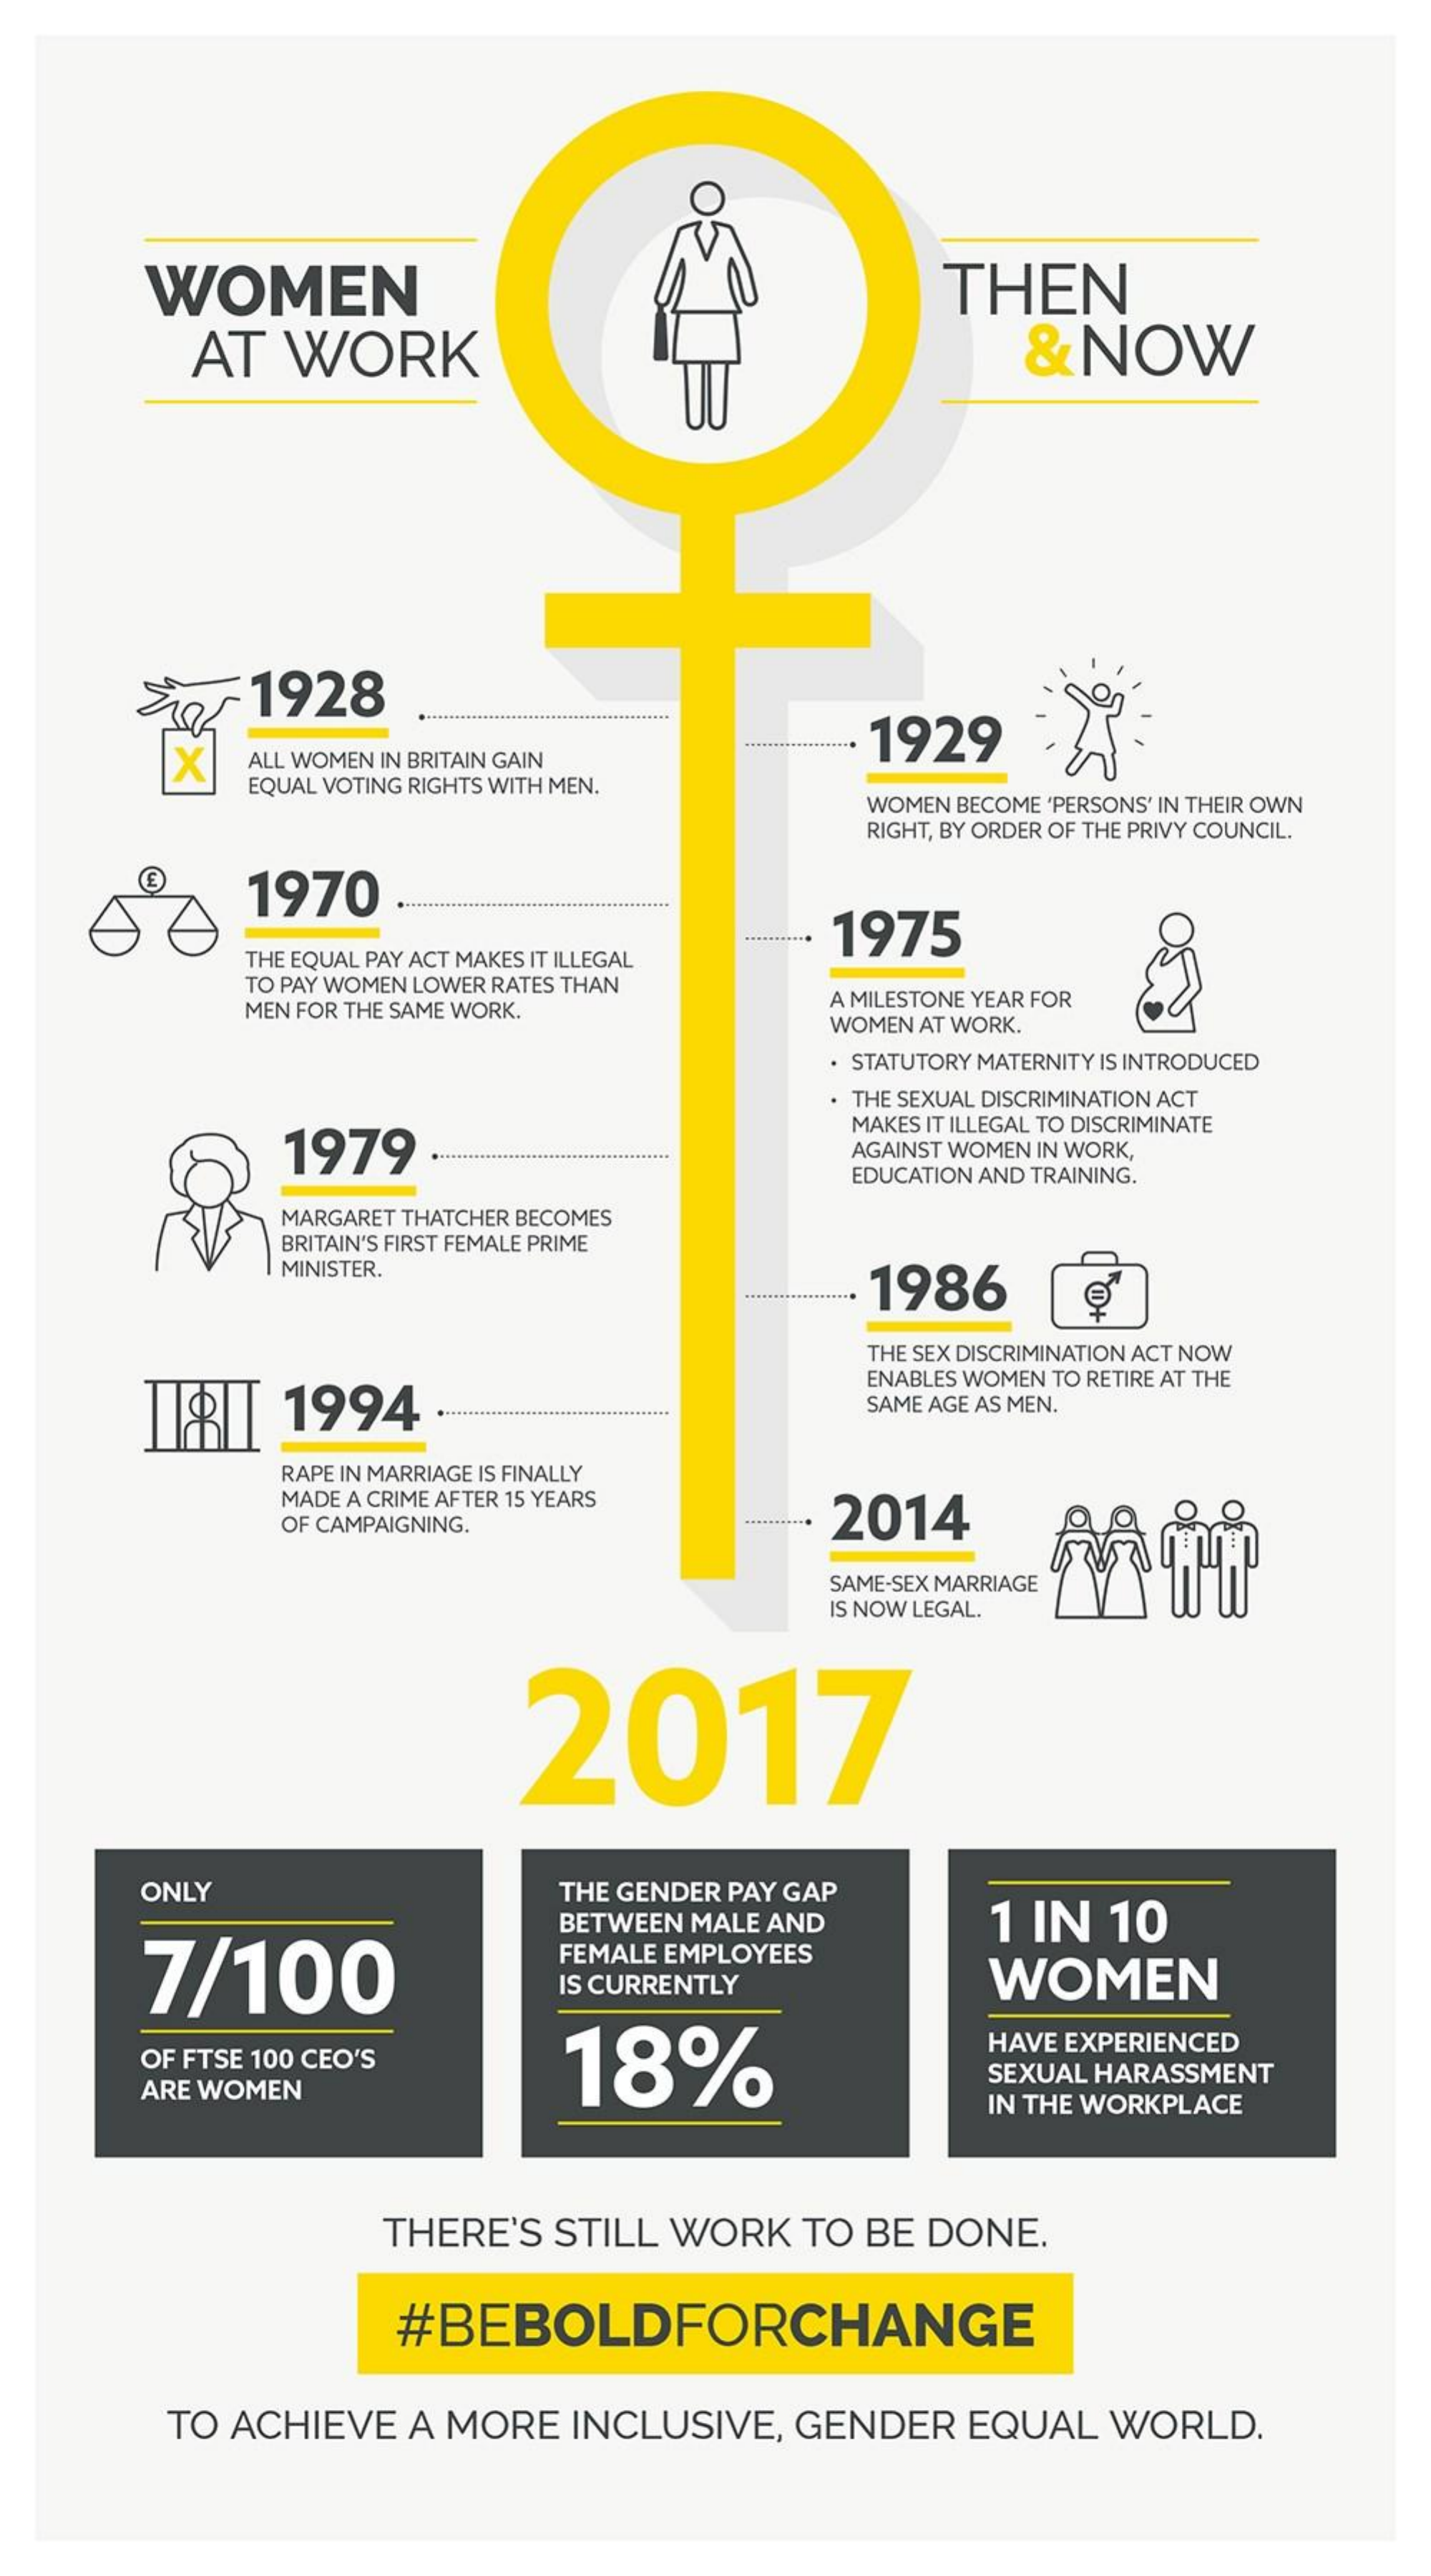
WOMEN
     AT WORK
     THEN
     & NOW
     1928
     X
     1929
     ALL WOMEN IN BRITAIN GAIN
     EQUAL VOTING RIGHTS WITH MEN.
     WOMEN BECOME 'PERSONS' IN THEIR OWN
     RIGHT, BY ORDER OF THE PRIVY COUNCIL.
     1970
     1975
     THE EQUAL PAY ACT MAKES IT ILLEGAL
     TO PAY WOMEN LOWER RATES THAN
     MEN FOR THE SAME WORK. A MILESTONE YEAR FOR
     WOMEN AT WORK.
     · STATUTORY MATERNITY IS INTRODUCED
     . THE SEXUAL DISCRIMINATION ACT
     1979
     MAKES IT ILLEGAL TO DISCRIMINATE
     AGAINST WOMEN IN WORK,
     EDUCATION AND TRAINING.
     MARGARET THATCHER BECOMES
     BRITAIN'S FIRST FEMALE PRIME
     MINISTER.
     1986    @+
     THE SEX DISCRIMINATION ACT NOW
     TRT  1994
     ENABLES WOMEN TO RETIRE AT THE
     SAME AGE AS MEN.
     RAPE IN MARRIAGE IS FINALLY
     MADE A CRIME AFTER 15 YEARS
     2014 OF CAMPAIGNING.
     SAME-SEX MARRIAGE WW
     IS NOW LEGAL.
     2017
     ONLY    THE GENDER PAY GAP
     7/100
     BETWEEN MALE AND 1 IN 10
     FEMALE EMPLOYEES
     IS CURRENTLY    WOMEN
     OF FTSE 100 CEO'S 18%
     HAVE EXPERIENCED
     ARE WOMEN
     SEXUAL HARASSMENT
     IN THE WORKPLACE
     THERE'S STILL WORK TO BE DONE.
     #BEBOLDFORCHANGE
     TO ACHIEVE A MORE INCLUSIVE, GENDER EQUAL WORLD.